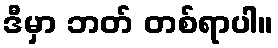
ဒီမှာ ဘတ် တစ်ရာပါ။